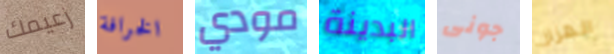
زعيمك الخرافة مودي البدينة جونى الهزاز